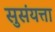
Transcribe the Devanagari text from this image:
सुसंयत्ता